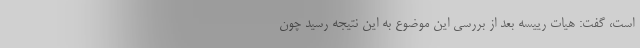
است، گفت: هیات رییسه بعد از بررسی این موضوع به این نتیجه رسید چون